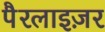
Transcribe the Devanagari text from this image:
पैरलाइज़र